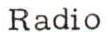
Radio